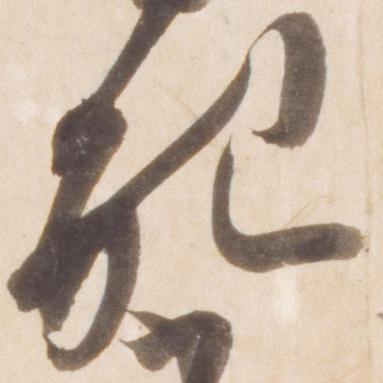
配